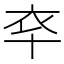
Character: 䘚